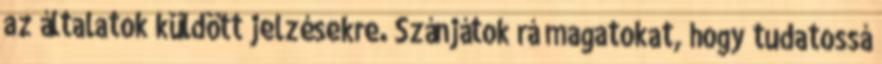
az általatok küldött jelzésekre. Szánjátok rá magatokat, hogy tudatossá